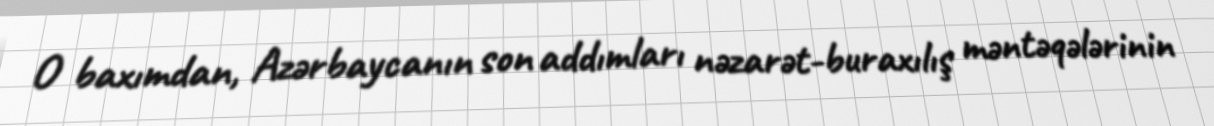
O baxımdan, Azərbaycanın son addımları nəzarət-buraxılış məntəqələrinin